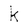
Character: k